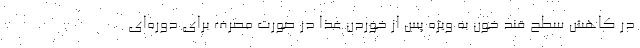
در کاهش سطح قند خون به ویژه پس از خوردن غذا در صورت مصرف برای دوره‌ای